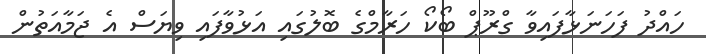
ހައްދު ފަހަނަޅާފައިވާ ގްރޫޕް ބޯކޯ ހަރާމްގެ ބޮލުގައި އަޅުވާފައި ވިޔަސް އެ ޖަމާއަތުން